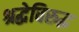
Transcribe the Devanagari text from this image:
श्रद्धेविरुद्ध